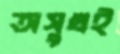
অসুখই